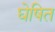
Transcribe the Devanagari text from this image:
घेषित